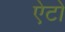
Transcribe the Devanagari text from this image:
ऐटो